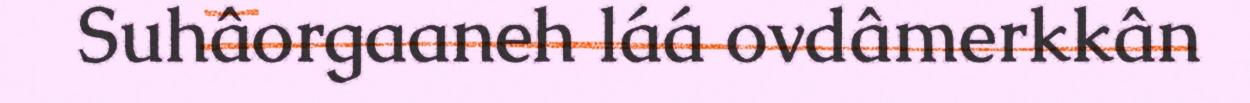
Suhâorgaaneh láá ovdâmerkkân